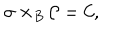
LaTeX: \sigma \times _ { B } { \cal { C } } = { \cal { C } } ,